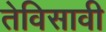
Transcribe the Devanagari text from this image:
तेविसावी